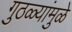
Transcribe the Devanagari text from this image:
गुठळ्यांमुळे